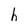
Character: h